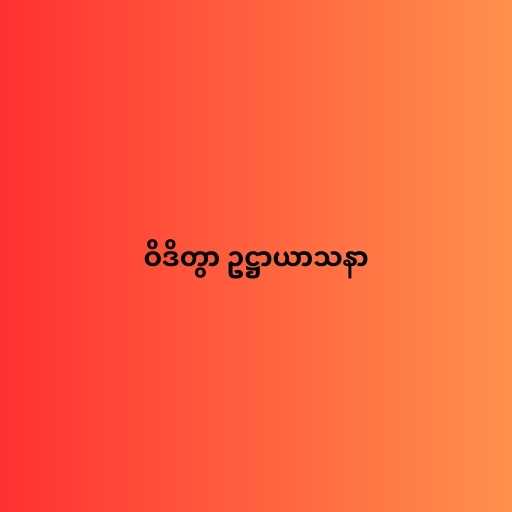
ဝိဒိတွာ ဥဋ္ဌာယာသနာ